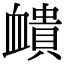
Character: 𧗏